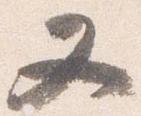
又